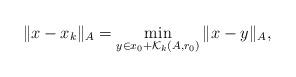
LaTeX: \begin{align*}\|x-x_{k}\|_{A}=\min_{y\in x_{0}+\mathcal{K}_{k}(A,r_{0})}\|x-y\|_{A},\end{align*}